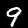
Digit: 9